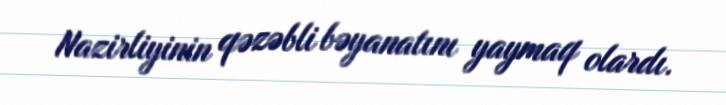
Nazirliyinin qəzəbli bəyanatını yaymaq olardı.